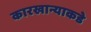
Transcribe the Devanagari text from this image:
कारखान्याकडे